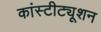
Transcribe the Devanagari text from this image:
कांस्टीट्यूशन